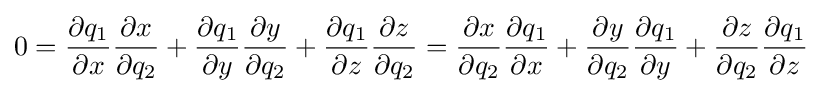
0={\dfrac {\partial q_{1}}{\partial x}}{\dfrac {\partial x}{\partial q_{2}}}+{\dfrac {\partial q_{1}}{\partial y}}{\dfrac {\partial y}{\partial q_{2}}}+{\dfrac {\partial q_{1}}{\partial z}}{\dfrac {\partial z}{\partial q_{2}}}={\dfrac {\partial x}{\partial q_{2}}}{\dfrac {\partial q_{1}}{\partial x}}+{\dfrac {\partial y}{\partial q_{2}}}{\dfrac {\partial q_{1}}{\partial y}}+{\dfrac {\partial z}{\partial q_{2}}}{\dfrac {\partial q_{1}}{\partial z}}